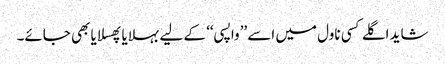
شاید اگلے کسی ناول میں اسے ’’واپسی‘‘ کے لیے بہلایا پھسلایا بھی جائے۔